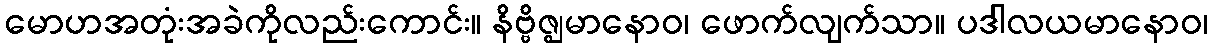
မောဟအတုံးအခဲကိုလည်းကောင်း။ နိဗ္ဗိဇ္ဈမာနောဝ၊ ဖောက်လျက်သာ။ ပဒါလယမာနောဝ၊